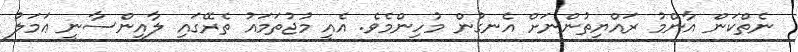
ނެތްކަން އާންމު ރައްޔިތުންނަށް އެނގުން މުހިންމެވެ. އެއީ މުޖުތަމައު ތެރޭގައި ލާއިންސާނީ ޢަމަލު